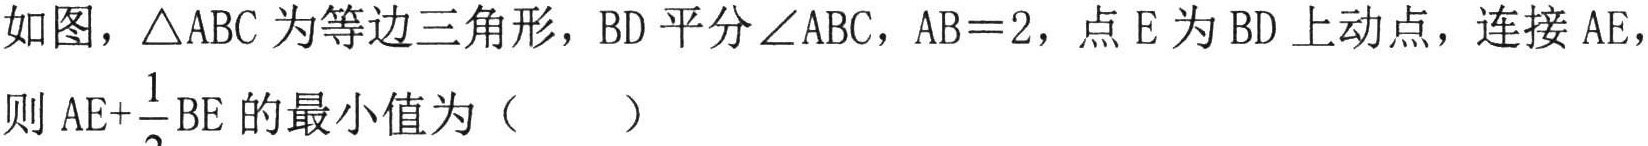
如图，$\triangle\mathrm{ABC}$为等边三角形，$\mathrm{BD}$平分$\angle \mathrm{ABC}$，$\mathrm{AB}=2$，点$\mathrm{E}$为$\mathrm{BD}$上动点，连接$\mathrm{AE}$，则$\mathrm{AE}+\frac{1}{2}\mathrm{BE}$的最小值为（  ）